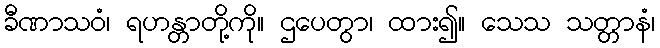
ခီဏာသဝံ၊ ရဟန္တာတို့ကို။ ဌပေတွာ၊ ထား၍။ သေသ သတ္တာနံ၊